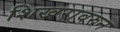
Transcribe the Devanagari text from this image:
शिखरावरुन